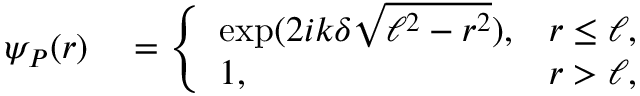
\begin{array} { r l } { \psi _ { P } ( r ) } & { { } = \left\{ \begin{array} { l l } { \exp ( 2 i k \delta \sqrt { \ell ^ { 2 } - r ^ { 2 } } ) , } & { r \le \ell , } \\ { 1 , } & { r > \ell , } \end{array} \right. } \end{array}